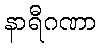
နာရီဂဏာ